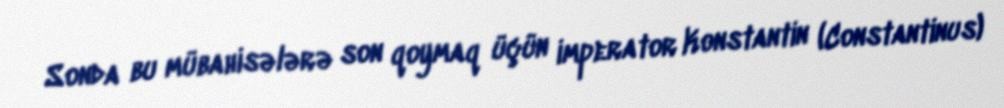
Sonda bu mübahisələrə son qoymaq üçün imperator Konstantin (Constantinus)